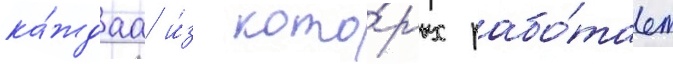
ка́ждаа и́з кото́рых рабо́тает